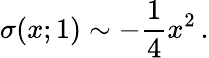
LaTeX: \sigma(x;1)\sim-{\frac{1}{4}}x^{2}\, .